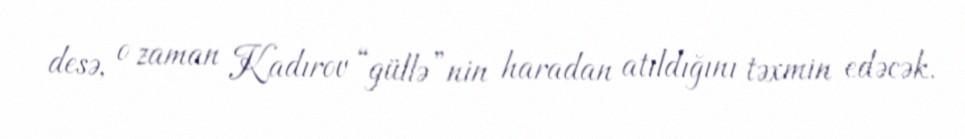
desə, o zaman Kadırov “güllə”nin haradan atıldığını təxmin edəcək.